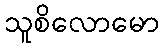
သူစိလောမော